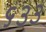
૬૩૩